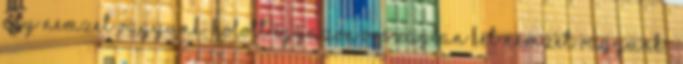
egy nemzet vagyunk, holott egyazon országban két nemzet vagyunk.”